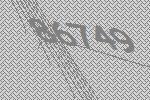
86749